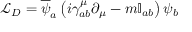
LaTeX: { \mathcal { L } } _ { D } = { \overline { { \psi } } } _ { a } \left( i \gamma _ { a b } ^ { \mu } \partial _ { \mu } - m \mathbb { I } _ { a b } \right) \psi _ { b }